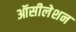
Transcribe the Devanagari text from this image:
ऑसीलेशन